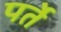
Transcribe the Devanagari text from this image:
पर्ते